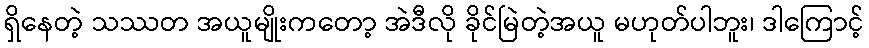
ရှိနေတဲ့ သဿတ အယူမျိုးကတော့ အဲဒီလို ခိုင်မြဲတဲ့အယူ မဟုတ်ပါဘူး၊ ဒါကြောင့်